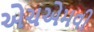
એચએમવી